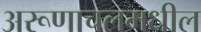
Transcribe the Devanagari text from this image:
अरूणाचलमधील